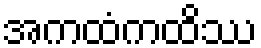
အကထံကထိဿ